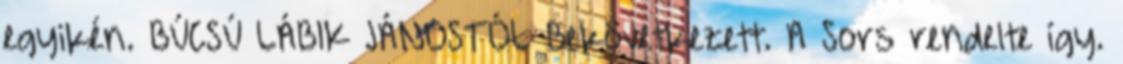
egyikén. BÚCSÚ LÁBIK JÁNOSTÓL Bekövetkezett. A Sors rendelte így.